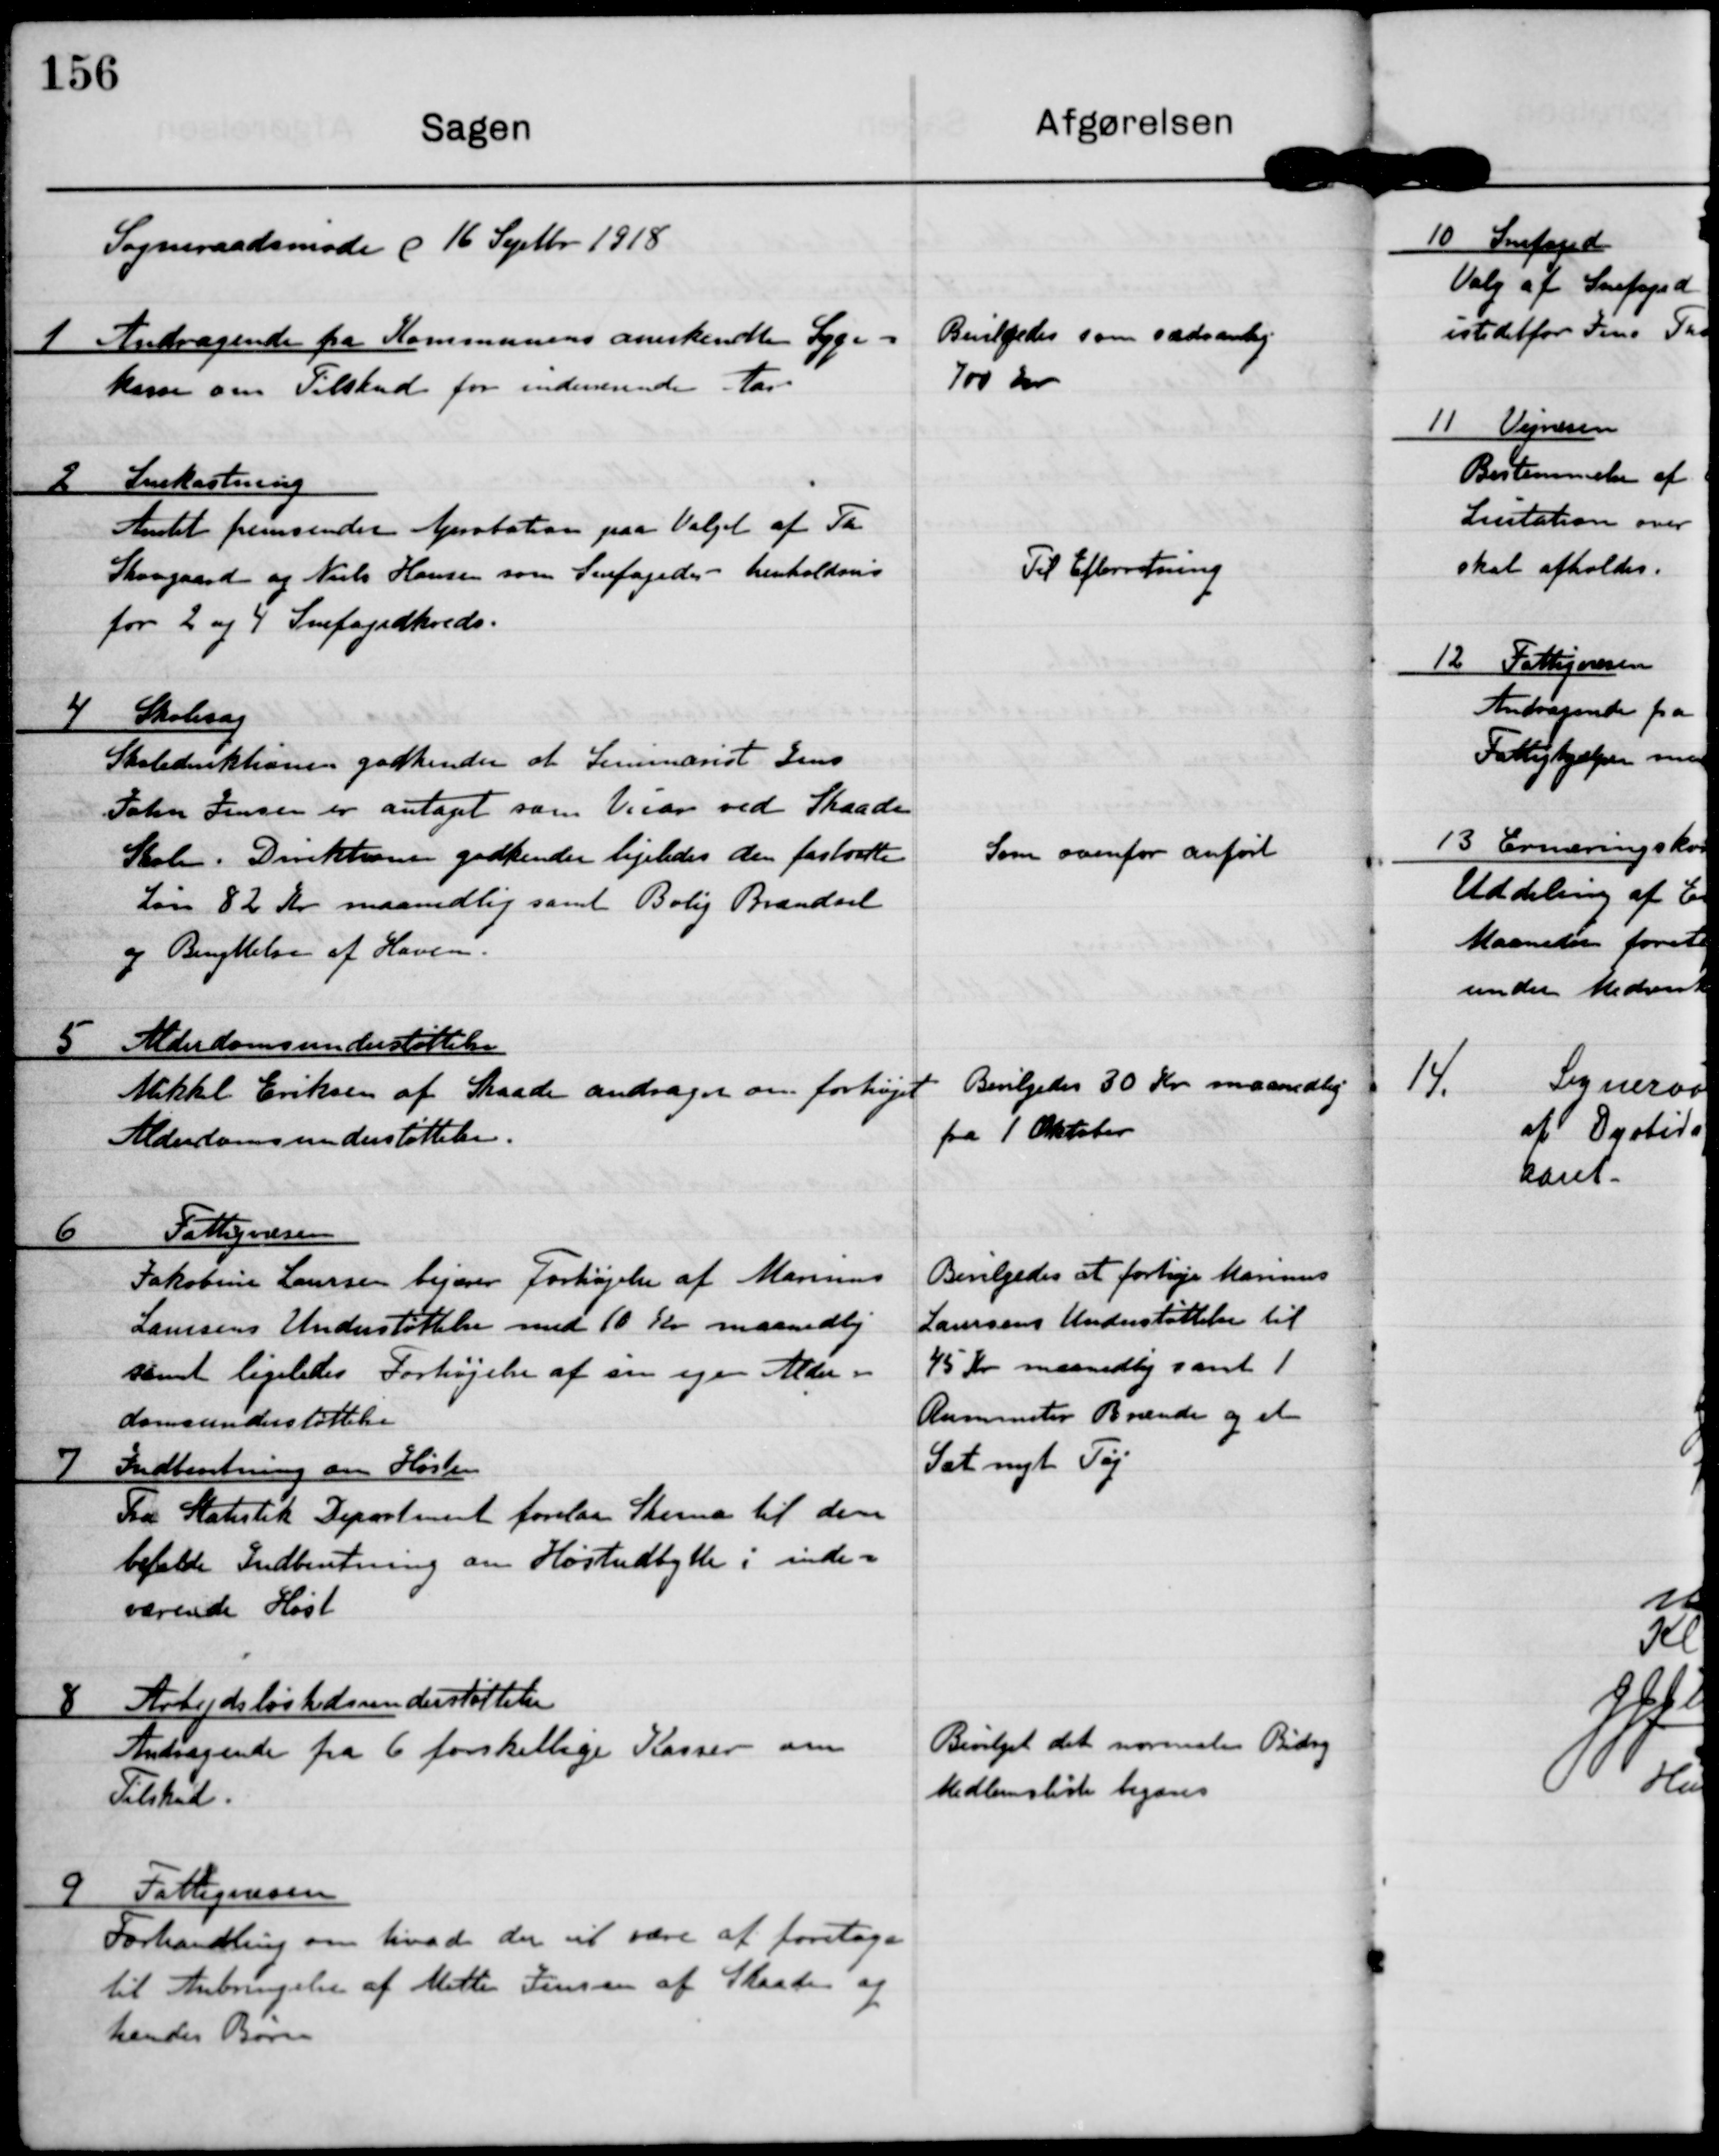
Transskription:
Sogneraadsmøde d 16 Septbr 1918

1 Andragende fra Kommuens anerkende Syge-
kasse om Tilskud for indeværende Aar

Bevilgedes som sædvanlig
700 Kr

2 Snekastning
Amtet fremsender ? tation paa Valget af Th.
Skovgaard og Niels Hansen som Snefogeder - henholdvis
for 2. og 4. Snefogedkredse.

Til Efterretning

4 Skolesag
Skoledirektionen godkender at Seminarist Jens
John Jensen er antaget som Vikar ved Skaade
Skole. Direktionen godkender ligeledes den fastsatte
Løn 82 kr maanedlig samt Bolig Brændsel
og Benyttelse af Haven.

Som ovenfor anført

5 Alderdomsunderstøttelse
Mikkel Eriksen af Skaade andrager om forhøjet
Alderdomsunderstøttelse.

Bevilgedes 30 kr maanedlig
fra 1 Oktober

6 Fattigvæsen
Jakobine Laursen begærer Forhøjelse af Marinus
Laursens Understøttelse med 10 Kr maanedlig
samt ligeledes forhøjelse af sin egen Alder-
domsunderstøttelse

Bevilgedes at forhøje Marinus
Laursens Understøttelse til
45 Kr maanedlig samt 1
Rummeter Brænde og et
Sæt nyt Tøj

7 Indberetning om Høsten
Fra Statistik Department forelaa Skema til den
befalde Indberetning om Høstudbytte i inde-
værende Høst

8 Arbejdsløshedsunderstøttelse
Andragende fra 6 forskellige Kasser om
Tilskud

Bevilget det normale Bidrag
Medlemsliste begæres

9 Farrigvæsen
Forhandling om hvad der vil være at foretage
til Anbringelse af Mette Jensen af Skaade og
hendes Børn